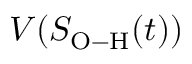
V ( S _ { \mathrm { O - H } } ( t ) )